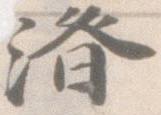
済